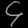
Digit: ၄